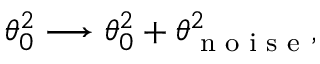
\theta _ { 0 } ^ { 2 } \longrightarrow \theta _ { 0 } ^ { 2 } + \theta _ { \textrm { n o i s e } } ^ { 2 } ,